Medical and sanitary report of the native army of Bengal for the year
Year: 1875
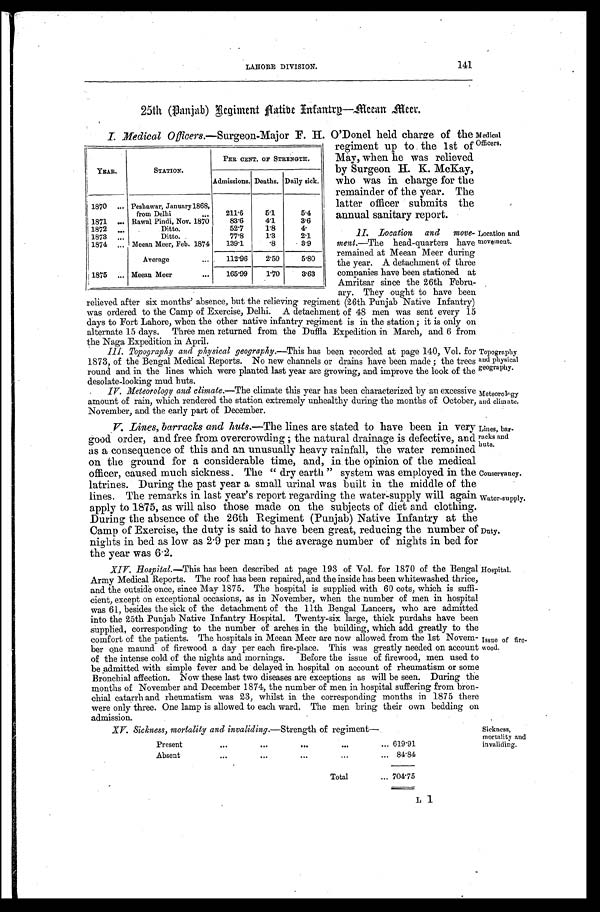
Medical
Officers.
Location and
movement.
Topography
and physical
geography.
Lines, bar
- r a c k s a n d
huts.
Conservancy.
Water-supply.
141
LAHORE DIVISION.
25th (Panjab) Regiment Native Infantrg—Meean Meer.
I. Medical Officers.—Surgeon-Major F. H. O'Donel held charge of the
regiment up to the 1st of
May, when he was relieved
by Surgeon H. K. McKay,
who was in charge for the
remainder of the year. The
latter officer submits the
annual sanitary report.
II. Location and move
-ment.—The head-quarters have
remained at Meean Meer during
the year. A detachment of three
companies have been stationed at
Amritsar since the 26th Febru-
ary. They ought to have been
relieved after six months' absence, but the relieving regiment (26th Punjab Native Infantry)
was ordered to the Camp of Exercise, Delhi. A detachment of 48 men was sent every 15
days to Fort Lahore, when the other native infantry regiment is in the station; it is only on
alternate 15 days. Three men returned from the Duffla Expedition in March, and 6 from
the Naga Expedition in April.
III. Topography and physical geography.— This has been recorded at page 140, Vol. for
1873, of the Bengal Medical Reports. No new channels or drains have been made; the trees
round and in the lines which were planted last year are growing, and improve the look of the
desolate-looking mud huts.
YEAR.
STATION.
PER CENT OF STRENGTH.
Admissions. Deaths. Daily sick.
1870
. . . Peshawar, January 1868,
f r o m D e l h i . . .
211.6
5.1
5.4
1871
. . . Rawal Pindi, Nov. 1870
83.6
4 . 1
3.6
1872
. . .
Ditto. . . .
52.7
1.8
4.
1 8 7 3 . . .
Ditto.
77.8
1.3
2.1
1874
. . . Meean Meer, Feb. 1874
139.1
.8
3.9
Average
. . .
112.96
2.50
5.80
1875
. . . Meean Meer
. . .
165.99
1.70
3.63
IV. Meteorology and climate.—The climate this year has been characterized by an excessive
amount of rain, which rendered the station extremely unhealthy during the months of October,
November, and the early part of December.
Meteorology
and climate.
V. Lines, barracks and huts.—The lines are stated to have been in very
good order, and free from overcrowding; the natural drainage is defective, and
as a consequence of this and an unusually heavy rainfall, the water remained
on the ground for a considerable time, and, in the opinion of the medical
officer, caused much sickness. The "dry earth" system was employed in the
latrines. During the past year a small urinal was built in the middle of the
lines. The remarks in last year's report regarding the water-supply will again
apply to 1875, as will also those made on the subjects of diet and clothing.
During the absence of the 26th Regiment (Punjab) Native Infantry at the
Camp of Exercise, the duty is said to have been great, reducing the number of
nights in bed as low as 2.9 per man; the average number of nights in bed for
the year was 6.2.
Duty.
XIV. Hospital.—This has been described at page 193 of Vol. for 1870 of the Bengal
Army Medical Reports. The roof has been repaired, and the inside has been whitewashed thrice,
and the outside once, since May 1875. The hospital is supplied with 60 cots, which is suffi
-cient, except on exceptional occasions, as in November, when the number of men in hospital
was 61, besides the sick of the detachment of the 11th Bengal Lancers, who are admitted
into the 25th Punjab Native Infantry Hospital. Twenty-six large, thick purdahs have been
supplied, corresponding to the number of arches in the building, which add greatly to the
comfort of the patients. The hospitals in Meean Meer are now allowed from the 1st Novem-
-ber one maund of firewood a day per each fire-place. This was greatly needed on account
of the intense cold of the nights and mornings. Before the issue of firewood, men used to
be admitted with simple fever and be delayed in hospital on account of rheumatism or some
Bronchial affection. Now these last two diseases are exceptions as will be seen. During the
months of November and December 1874, the number of men in hospital suffering from bron-
-chial catarrh and rheumatism was 23, whilst in the corresponding months in 1875 there
were only three. One lamp is allowed to each ward. The men bring their own bedding on
admission.
Hospital.
Issue of fire
-wood.
XV. Sickness, mortality and invaliding.—Strength of regiment—
Present
.
.
. 619.91
Absent
.
.
. 84.84
Total . . . 704.75
Sickness,
mortality and invaliding.